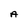
Character: A